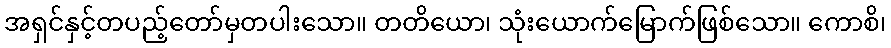
အရှင်နှင့်တပည့်တော်မှတပါးသော။ တတိယော၊ သုံးယောက်မြောက်ဖြစ်သော။ ကောစိ၊